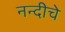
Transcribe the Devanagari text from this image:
नन्दीचे